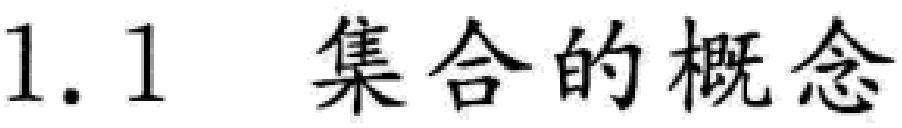
1.1 集合的概念